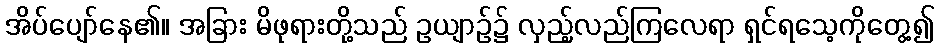
အိပ်ပျော်နေ၏။ အခြား မိဖုရားတို့သည် ဥယျာဉ်၌ လှည့်လည်ကြလေရာ ရှင်ရသေ့ကိုတွေ့၍